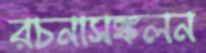
রচনাসঙ্কলন